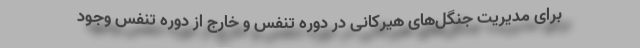
برای مدیریت جنگل‌های هیرکانی در دوره تنفس و خارج از دوره تنفس وجود